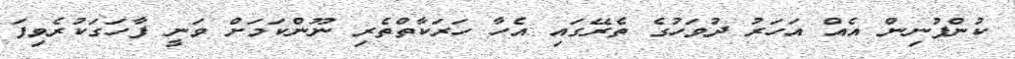
ކުންފުނިން އެއް އަހަރު ދުވަހުގެ ތެރޭގައި އެހާ ހަރަކާތްތެރި ނޫންކަމަށް ވަނީ ފާހަގަކުރެވިފަ